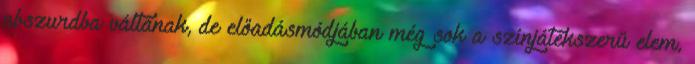
abszurdba váltanak, de előadásmódjában még sok a színjátékszerű elem,